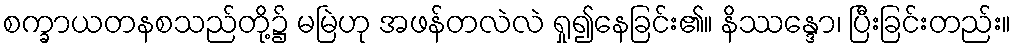
စက္ခာယတနစသည်တို့၌ မမြဲဟု အဖန်တလဲလဲ ရှု၍နေခြင်း၏။ နိဿန္ဒော၊ ပြီးခြင်းတည်း။